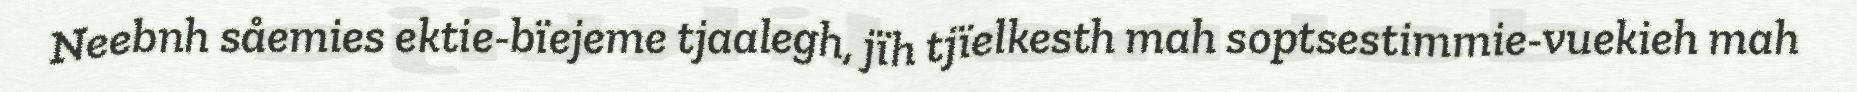
Neebnh såemies ektie-bïejeme tjaalegh, jïh tjïelkesth mah soptsestimmie-vuekieh mah